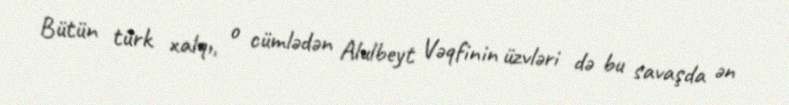
Bütün türk xalqı, o cümlədən Alulbeyt Vəqfinin üzvləri də bu savaşda ən